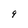
Character: 9